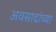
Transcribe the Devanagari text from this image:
अवसादांच्या